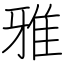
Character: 雅